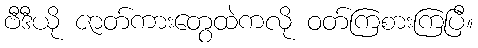
ဗီဒီယို ဇာတ်ကားတွေထဲကလို ဝတ်ကြစားကြပြီ။